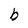
Character: b